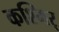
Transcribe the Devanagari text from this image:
कश्मिर्